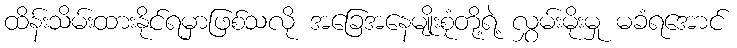
ထိန်းသိမ်းထားနိုင်ရမှာဖြစ်သလို အခြေအနေမျိုးစုံတို့ရဲ့ လွှမ်းမိုးမှု မခံရအောင်